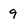
Character: 9